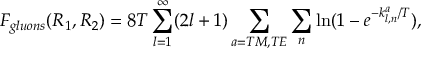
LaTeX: F _ { g l u o n s } ( R _ { 1 } , R _ { 2 } ) = 8 T \sum _ { l = 1 } ^ { \infty } ( 2 l + 1 ) \sum _ { a = T M , T E } \sum _ { n } \ln ( 1 - e ^ { - k _ { l , n } ^ { a } / T } ) ,